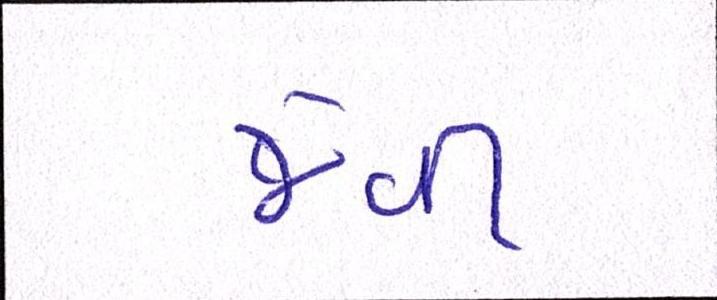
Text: જેવી